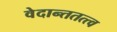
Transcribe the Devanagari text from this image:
वेदान्ततत्त्‍व